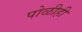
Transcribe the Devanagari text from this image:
पोळीही